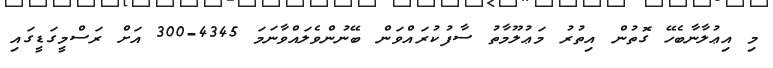
މި އިޢުލާނާބެހޭ ގޮތުން އިތުރު މަޢުލޫމާތު ސާފުކުރައްވަން ބޭނުންވެލައްވާނަމަ 4345-300 އަށް ރަސްމީގަޑީގައި